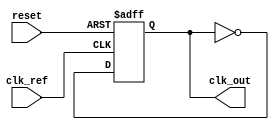
module sigma_delta_pll (
    input wire clk_ref,          // Reference clock input
    input wire reset,            // Asynchronous reset
    output reg clk_out           // Output clock
);

    // Parameters
    parameter integer VCO_MAX_FREQ = 100;    // Max VCO frequency (could be set according to your needs)
    parameter integer VCO_MIN_FREQ = 10;      // Min VCO frequency
    parameter integer VCO_STEP = 1;            // Increment for VCO frequency adjustment
    parameter integer FILTER_ORDER = 2;        // Loop filter order
    parameter integer DELTA_BITS = 8;          // Bits for sigma-delta modulator

    // Internal signals
    reg [DELTA_BITS-1:0] phase_error;          // Phase error signal
    reg [DELTA_BITS-1:0] modulated_signal;      // 1-bit output of sigma-delta modulator
    reg [DELTA_BITS-1:0] loop_filter_out;       // Filtered control voltage
    reg vco_output;                              // VCO output signal
    integer vco_frequency;                       // Current VCO frequency

    // Phase Detector (PD)
    always @(posedge clk_ref or posedge reset) begin
        if (reset) begin
            phase_error <= 0;
        end else begin
            // Sample phase error logic (simplistic)
            phase_error <= (vco_output == clk_ref) ? 0 : 1; // Simplified phase detection
        end
    end

    // Sigma-Delta Modulator
    always @(posedge clk_ref or posedge reset) begin
        if (reset) begin
            modulated_signal <= 0;
        end else begin
            // Simple 1-bit quantizer (1-bit output)
            if (phase_error > 0) begin
                modulated_signal <= 1; // Phase leads
            end else begin
                modulated_signal <= 0; // Phase lags
            end
        end
    end

    // Loop Filter
    always @(posedge clk_ref or posedge reset) begin
        if (reset) begin
            loop_filter_out <= 0;
        end else begin
            // Simple first-order filter could be implemented here
            loop_filter_out <= loop_filter_out + modulated_signal;
            // Limit the output to avoid overflow
            if (loop_filter_out > (VCO_MAX_FREQ - VCO_MIN_FREQ)) begin
                loop_filter_out <= (VCO_MAX_FREQ - VCO_MIN_FREQ);
            end
        end
    end

    // Voltage-Controlled Oscillator (VCO)
    always @(posedge clk_ref or posedge reset) begin
        if (reset) begin
            vco_frequency <= VCO_MIN_FREQ; // Start at min frequency
            clk_out <= 0;
        end else begin
            // Adjust VCO frequency based on loop filter output
            if (loop_filter_out > 0) begin
                if (vco_frequency < VCO_MAX_FREQ) 
                    vco_frequency <= vco_frequency + VCO_STEP; // Increase frequency
            end else if (loop_filter_out < 0) begin
                if (vco_frequency > VCO_MIN_FREQ) 
                    vco_frequency <= vco_frequency - VCO_STEP; // Decrease frequency
            end

            // Generate the output clock based on VCO frequency
            clk_out <= ~clk_out; // Simple toggle to simulate clock generation
        end
    end

endmodule